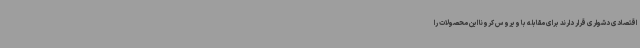
اقتصادی دشواری قرار دارند برای مقابله با ویروس کرونا این محصولات را